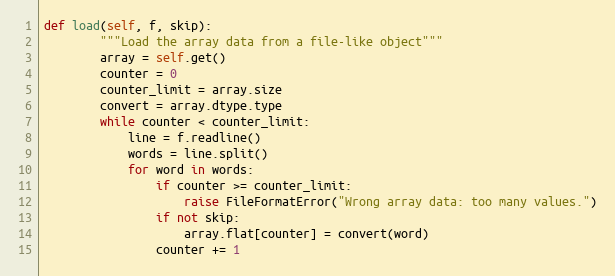
Language: Python
def load(self, f, skip):
        """Load the array data from a file-like object"""
        array = self.get()
        counter = 0
        counter_limit = array.size
        convert = array.dtype.type
        while counter < counter_limit:
            line = f.readline()
            words = line.split()
            for word in words:
                if counter >= counter_limit:
                    raise FileFormatError("Wrong array data: too many values.")
                if not skip:
                    array.flat[counter] = convert(word)
                counter += 1